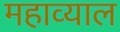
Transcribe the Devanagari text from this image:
महाव्याल